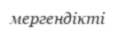
мергендікті